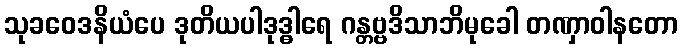
သုခဝေဒနိယံပေ ဒုတိယပါဒုဒ္ဓါရေ ဂန္တဗ္ဗဒိသာဘိမုခေါ တဏှာဝါနတော